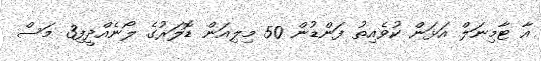
އާ ޓާމިނަލް އަޅަން ކުވެއިތު ފަންޑުން 50 މިލިއަން ޑޮލަރުގެ ލޯނެއްދީފި3 މަސް